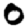
Digit: 0